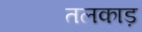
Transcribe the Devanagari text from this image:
तलकाड़